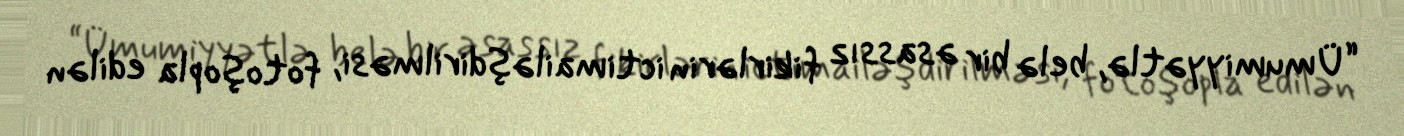
“Ümumiyyətlə, belə bir əsassız fikirlərin ictimailəşdirilməsi, fotoşopla edilən